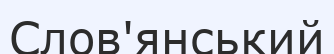
Слов'янський